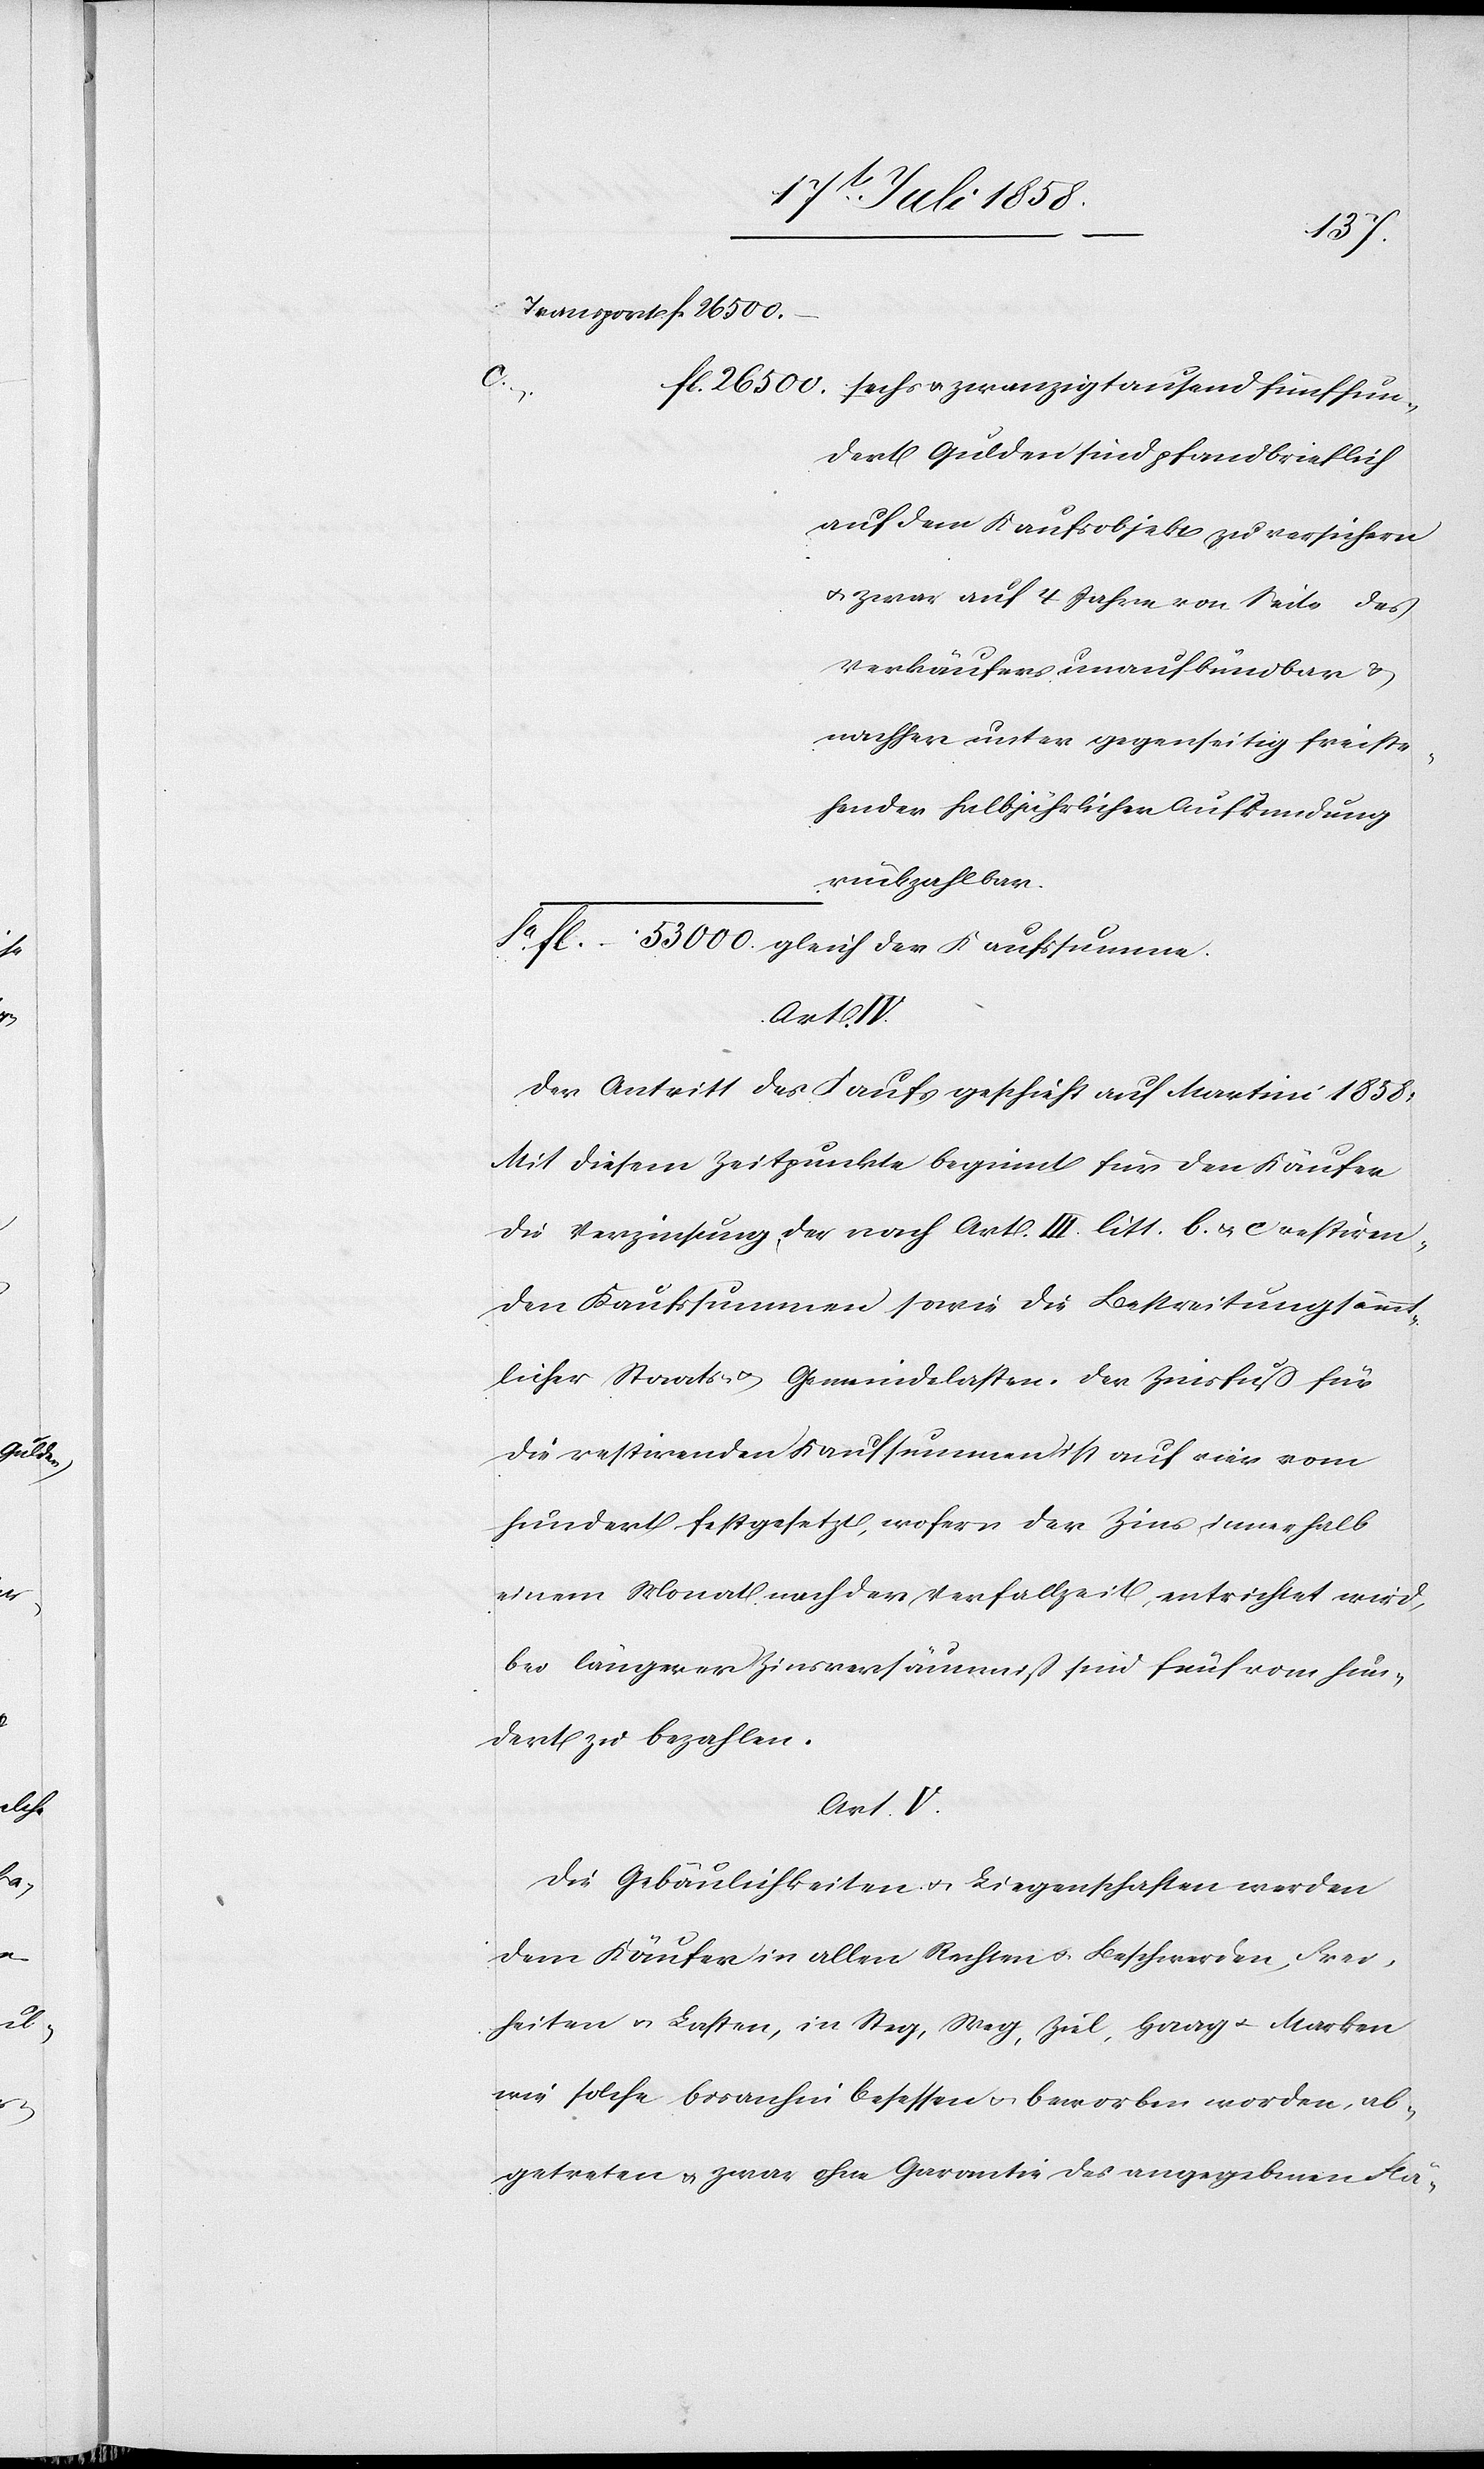
hun¬
dert Gulden sind pfandbrieflich
auf dem Kaufsobjekt zu versichern
& zwar auf 4 Jahre von Seite des
Verkäufers unaufkündbar &
nachher unter gegenseitig freiste¬
hender halbjährlicher Aufkündung
rückzahlbar.
Der Antritt des Kaufs geschieht auf Martini 1858.
Mit diesem Zeitpunkte beginnt für den Käufer
die Verzinsung der nach Art. III. litt. b. & c restiren¬
den Kaufssummen sowie die Bestreitung sämm¬
tlicher Staats- & Gemeindelasten. Der Zinsfuß für
die restirenden Kaufsummen ist auf vier vom
hundert festgesetzt, wofern der Zins innerhalb
einem Monat nach der Verfallzeit, entrichtet wird,
bei längerer Zinsversäumniß sind fünf vom hun¬
dert zu bezahlen.
Art. V.
Die Gebäulichkeiten & Liegenschaften werden
dem Käufer in allen Rechten & Beschwerden, Frei¬
heiten & Lasten, in Steg, Weg, Ziel, Haag & Marken
wie solche bisanhin besessen & beworben worden, ab¬
getreten & zwar ohne Garantie des angegebenen Flä-